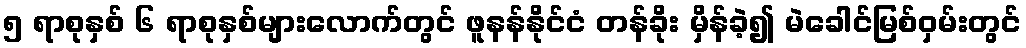
၅ ရာစုနှစ် ၆ ရာစုနှစ်များလောက်တွင် ဖူနန်နိုင်ငံ တန်ခိုး မှိန်ခဲ့၍ မဲခေါင်မြစ်ဝှမ်းတွင်